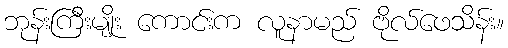
ဘုန်းကြီးမျိုး ကောင်းက လူနာမည် ဗိုလ်ဖေသိန်း။